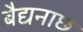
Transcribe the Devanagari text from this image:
बैद्यनाछ